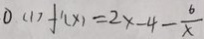
0 . ( 1 ) f ^ { \prime } ( x ) = 2 x - 4 - \frac { 6 } { x }